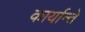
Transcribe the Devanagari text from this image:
कार्यान्ते